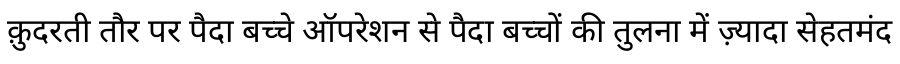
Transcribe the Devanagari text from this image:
क़ुदरती तौर पर पैदा बच्चे ऑपरेशन से पैदा बच्चों की तुलना में ज़्यादा सेहतमंद